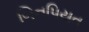
બિનપિયત